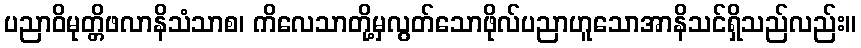
ပညာဝိမုတ္တိဖလာနိသံသာစ၊ ကိလေသာတို့မှလွတ်သောဖိုလ်ပညာဟူသောအာနိသင်ရှိသည်လည်း။